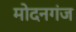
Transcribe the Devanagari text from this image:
मोदनगंज